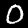
Digit: 0